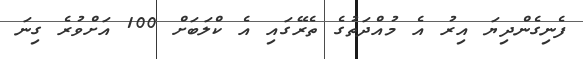
ފެނިގެންދިޔަ އިރު އެ މުއްދަތުގެ ތެރޭގައި އެ ކްލަބަށް 100 އަށްވުރެ ގިނަ